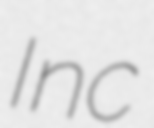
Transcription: Inc